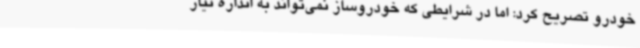
خودرو تصریح کرد: اما در شرایطی که خودروساز نمی‌تواند به اندازه نیاز